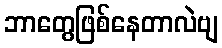
ဘာတွေဖြစ်နေတာလဲဗျ